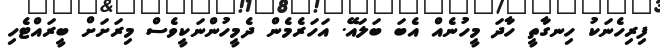
ފިރިހެނަކު ހިނގާތީ ހާދަ މީހުނެއް އެބަ ބަލައޭ. އަހަރެމެން ދެމީހުންނަކީވެސް މިރަށަށް ބީރައްޓެހި